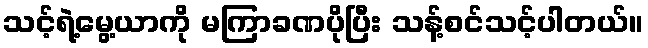
သင့်ရဲ့မွေ့ယာကို မကြာခဏပိုပြီး သန့်စင်သင့်ပါတယ်။